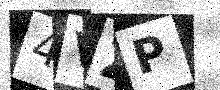
Text: 4VZP